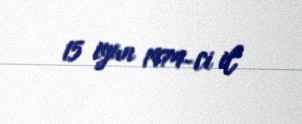
15 iyun 1974-ci il